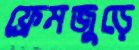
ফ্রেমজুড়ে